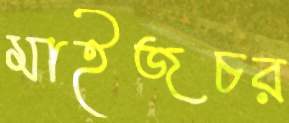
মাইজচর